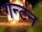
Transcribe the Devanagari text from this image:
गन्टन